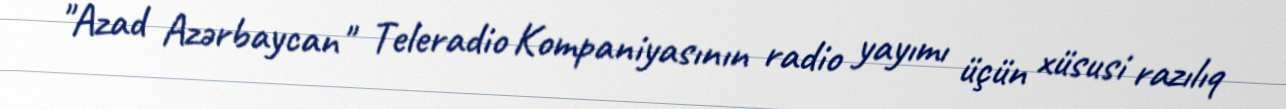
"Azad Azərbaycan" Teleradio Kompaniyasının radio yayımı üçün xüsusi razılıq